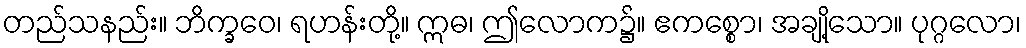
တည်သနည်း။ ဘိက္ခဝေ၊ ရဟန်းတို့။ ဣဓ၊ ဤလောက၌။ ဧကစ္စော၊ အချို့သော။ ပုဂ္ဂလော၊